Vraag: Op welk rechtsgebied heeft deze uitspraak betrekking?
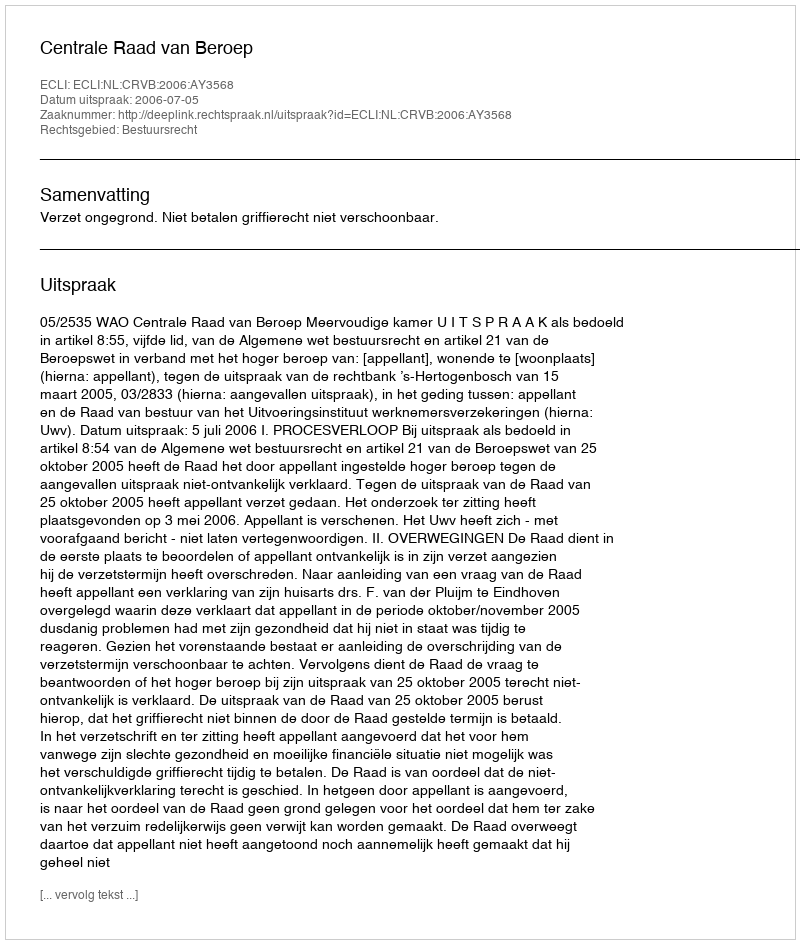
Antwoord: Bestuursrecht